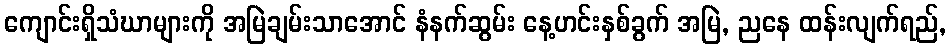
ကျောင်းရှိသံဃာများကို အမြဲချမ်းသာအောင် နံနက်ဆွမ်း နေ့ဟင်းနှစ်ခွက် အမြဲ, ညနေ ထန်းလျက်ရည်,